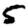
Digit: 5